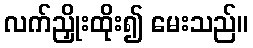
လက်ညှိုးထိုး၍ မေးသည်။